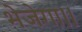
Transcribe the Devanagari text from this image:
भेजेगा।।